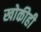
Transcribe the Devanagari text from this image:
खोकीही